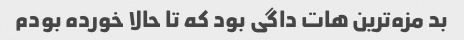
بد مزه‌ترین هات داگی بود که تا حالا خورده بودم